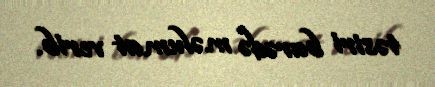
təsiri barədə məlumat verib.